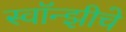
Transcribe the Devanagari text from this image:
स्वॉन्झीचे